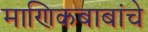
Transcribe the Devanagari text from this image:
माणिकबाबांचे